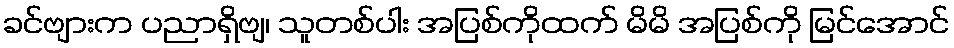
ခင်ဗျားက ပညာရှိဗျ၊ သူတစ်ပါး အပြစ်ကိုထက် မိမိ အပြစ်ကို မြင်အောင်